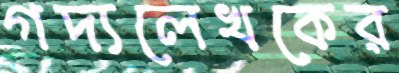
গদ্যলেখকের